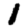
Digit: 1